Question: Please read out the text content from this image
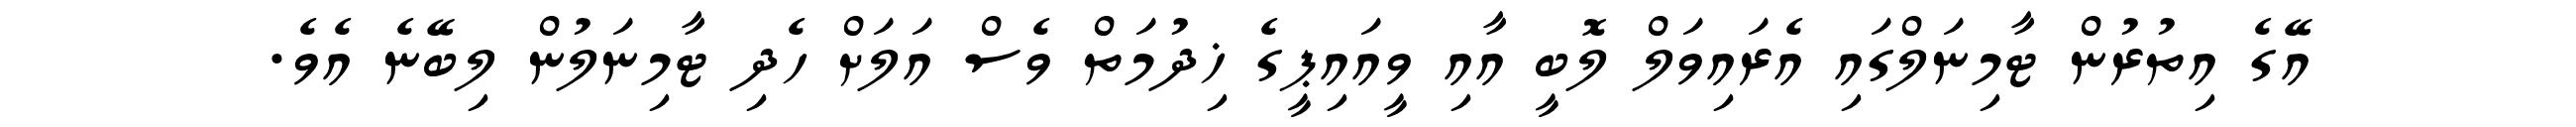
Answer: އޭގެ އިތުރުން ޓާމިނަލްގައި އެރައިވަލް ލޮބީ އާއި ވީއައިޕީގެ ޚިދުމަތް ވެސް އަލަށް ހެދި ޓާމިނަލުން ލިބޭނެ އެވެ.